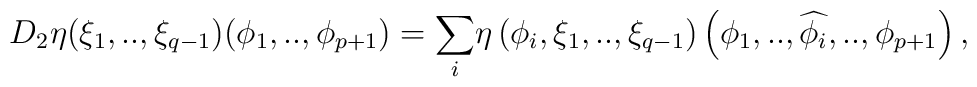
\! \!   D_{2}\eta ({\xi}_{1},.., {\xi}_{q-1})             ({\phi}_{1},..,{\phi}_{p+1})    =      {\displaystyle \sum_{i}}\eta\left (           {\phi}_{i}, {\xi}_{1},..,{\xi}_{q-1}\right)            \left( {\phi}_{1},..,\widehat{{\phi}_{i}},..,                   {\phi}_{p+1}\right ),